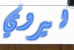
ليروي